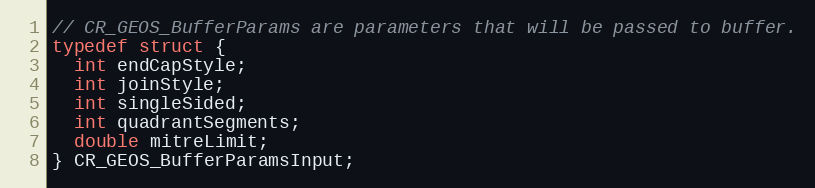
Language: C
// CR_GEOS_BufferParams are parameters that will be passed to buffer.
typedef struct {
  int endCapStyle;
  int joinStyle;
  int singleSided;
  int quadrantSegments;
  double mitreLimit;
} CR_GEOS_BufferParamsInput;